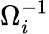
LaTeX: \Omega_{i}^{-1}